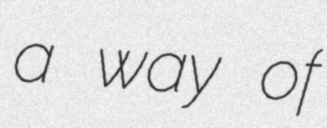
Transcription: a way of